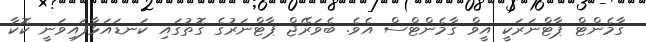
ގާމެންޓް ޕާޓްނަރަކީ އީވް ގާމެންޓްސް އެވެ. ބެވަރޭޖް ޕާޓްނަރުގެ ގޮތުގައި ކަނޑައަޅާފައިވަނީ ކޮކާ